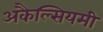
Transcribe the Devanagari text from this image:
अकैल्सियमी